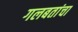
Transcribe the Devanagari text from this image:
गलबतांचा